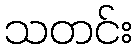
သတင်း